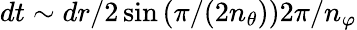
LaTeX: dt\sim dr/2\sin\left(\pi/(2n_{\theta})\right)2\pi/n_{\varphi}